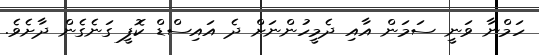
ހަމްނާ ވަނީ ސަމަން އާއި ދެމީހުންނަށް ދެ އައިސްޑް ކޮފީ ގަނެގެން ދާށެވެ.